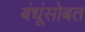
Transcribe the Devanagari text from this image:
बंधूंसोबत